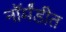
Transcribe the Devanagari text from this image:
नॉर्मंडीत